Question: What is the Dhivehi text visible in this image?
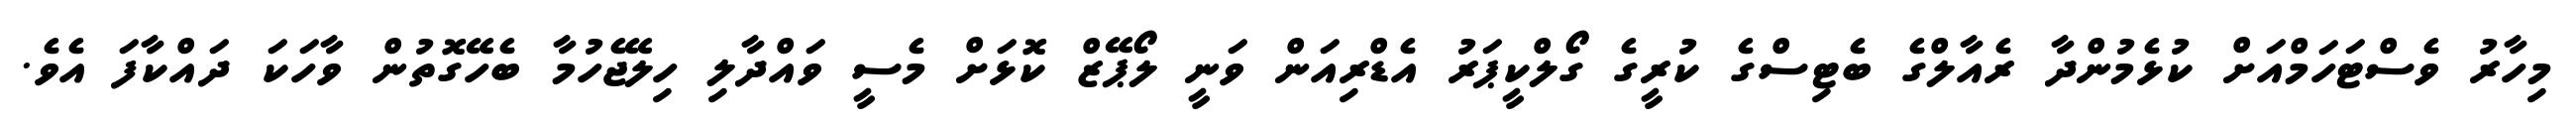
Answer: މިހާރު ވެސްޓަހަމްއަށް ކުޅެމުންދާ ރެއާލްގެ ބެޓިސްގެ ކުރީގެ ގޯލްކީޕަރު އެޑްރިއަން ވަނީ ލޯޕޭޒް ކޮޅަށް މެސީ ވައްދާލި ހިލޭޖެހުމާ ބެހޭގޮތުން ވާހަކަ ދައްކާފަ އެވެ.